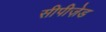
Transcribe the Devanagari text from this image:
सीपीज़ेड